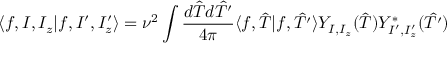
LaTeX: \langle f , I , I _ { z } | f , I ^ { \prime } , I _ { z } ^ { \prime } \rangle = \nu ^ { 2 } \int \frac { d \hat { T } d \hat { T ^ { \prime } } } { 4 \pi } \langle f , \hat { T } | f , \hat { T ^ { \prime } } \rangle Y _ { I , I _ { z } } ( \hat { T } ) Y _ { I ^ { \prime } , I _ { z } ^ { \prime } } ^ { \ast } ( \hat { T ^ { \prime } } )